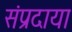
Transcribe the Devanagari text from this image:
संप्रदाया